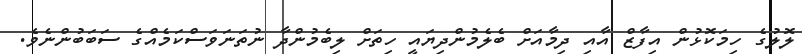
ލޮލުގެ ހިމަކޮޅުން އިފާޒް އާއި ދިމާއަށް ބެލެމުންދިޔައީ ހިތަށް ލިބެމުންދާ ނުތަނަވަސްކަމެއްގެ ސަބަބުންނެވެ.